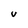
Character: V